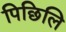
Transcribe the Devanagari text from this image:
पिछिलि